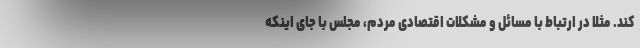
کند. مثلا در ارتباط با مسائل و مشکلات اقتصادی مردم، مجلس با جای اینکه